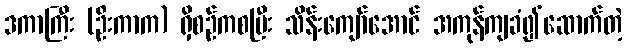
ဒကာကြီး (ဦးကာက) ရှိစဉ်ကစပြီး သိန်းကျော်အောင် အကုန်ကျခံ၍ဆောက်တဲ့